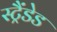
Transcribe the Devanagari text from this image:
स्ट्रैंडेड